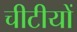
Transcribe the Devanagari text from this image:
चीटीयों